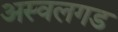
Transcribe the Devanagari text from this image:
अस्वलगड